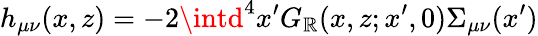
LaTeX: h_{\mu\nu}(x,z)=-2\intd^{4}x^{\prime}G_{\mathbb{R}}(x,z;x^{\prime},0)\Sigma_{\mu\nu}(x^{\prime})